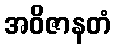
အဝိဇာနတံ